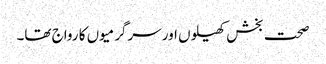
صحت بخش کھیلوں اور سرگرمیوں کا رواج تھا۔